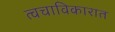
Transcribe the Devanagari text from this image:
त्वचाविकारात